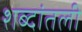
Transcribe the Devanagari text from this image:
शब्दांतली